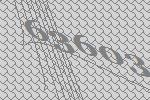
63603